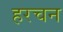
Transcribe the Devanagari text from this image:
हरचन